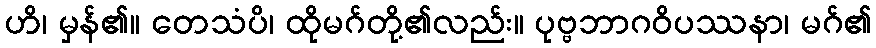
ဟိ၊ မှန်၏။ တေသံပိ၊ ထိုမဂ်တို့၏လည်း။ ပုဗ္ဗဘာဂဝိပဿနာ၊ မဂ်၏